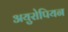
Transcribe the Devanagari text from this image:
अयुरोपियन